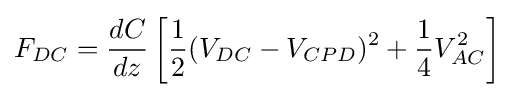
F_{DC}={\frac {dC}{dz}}\left[{\frac {1}{2}}(V_{DC}-V_{CPD})^{2}+{\frac {1}{4}}V_{AC}^{2}\right]